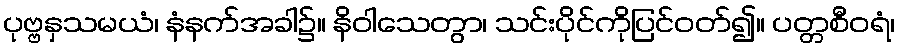
ပုဗ္ဗနှသမယံ၊ နံနက်အခါ၌။ နိဝါသေတွာ၊ သင်းပိုင်ကိုပြင်ဝတ်၍။ ပတ္တစီဝရံ၊